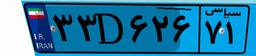
۶۷D۶۹۱۴۹